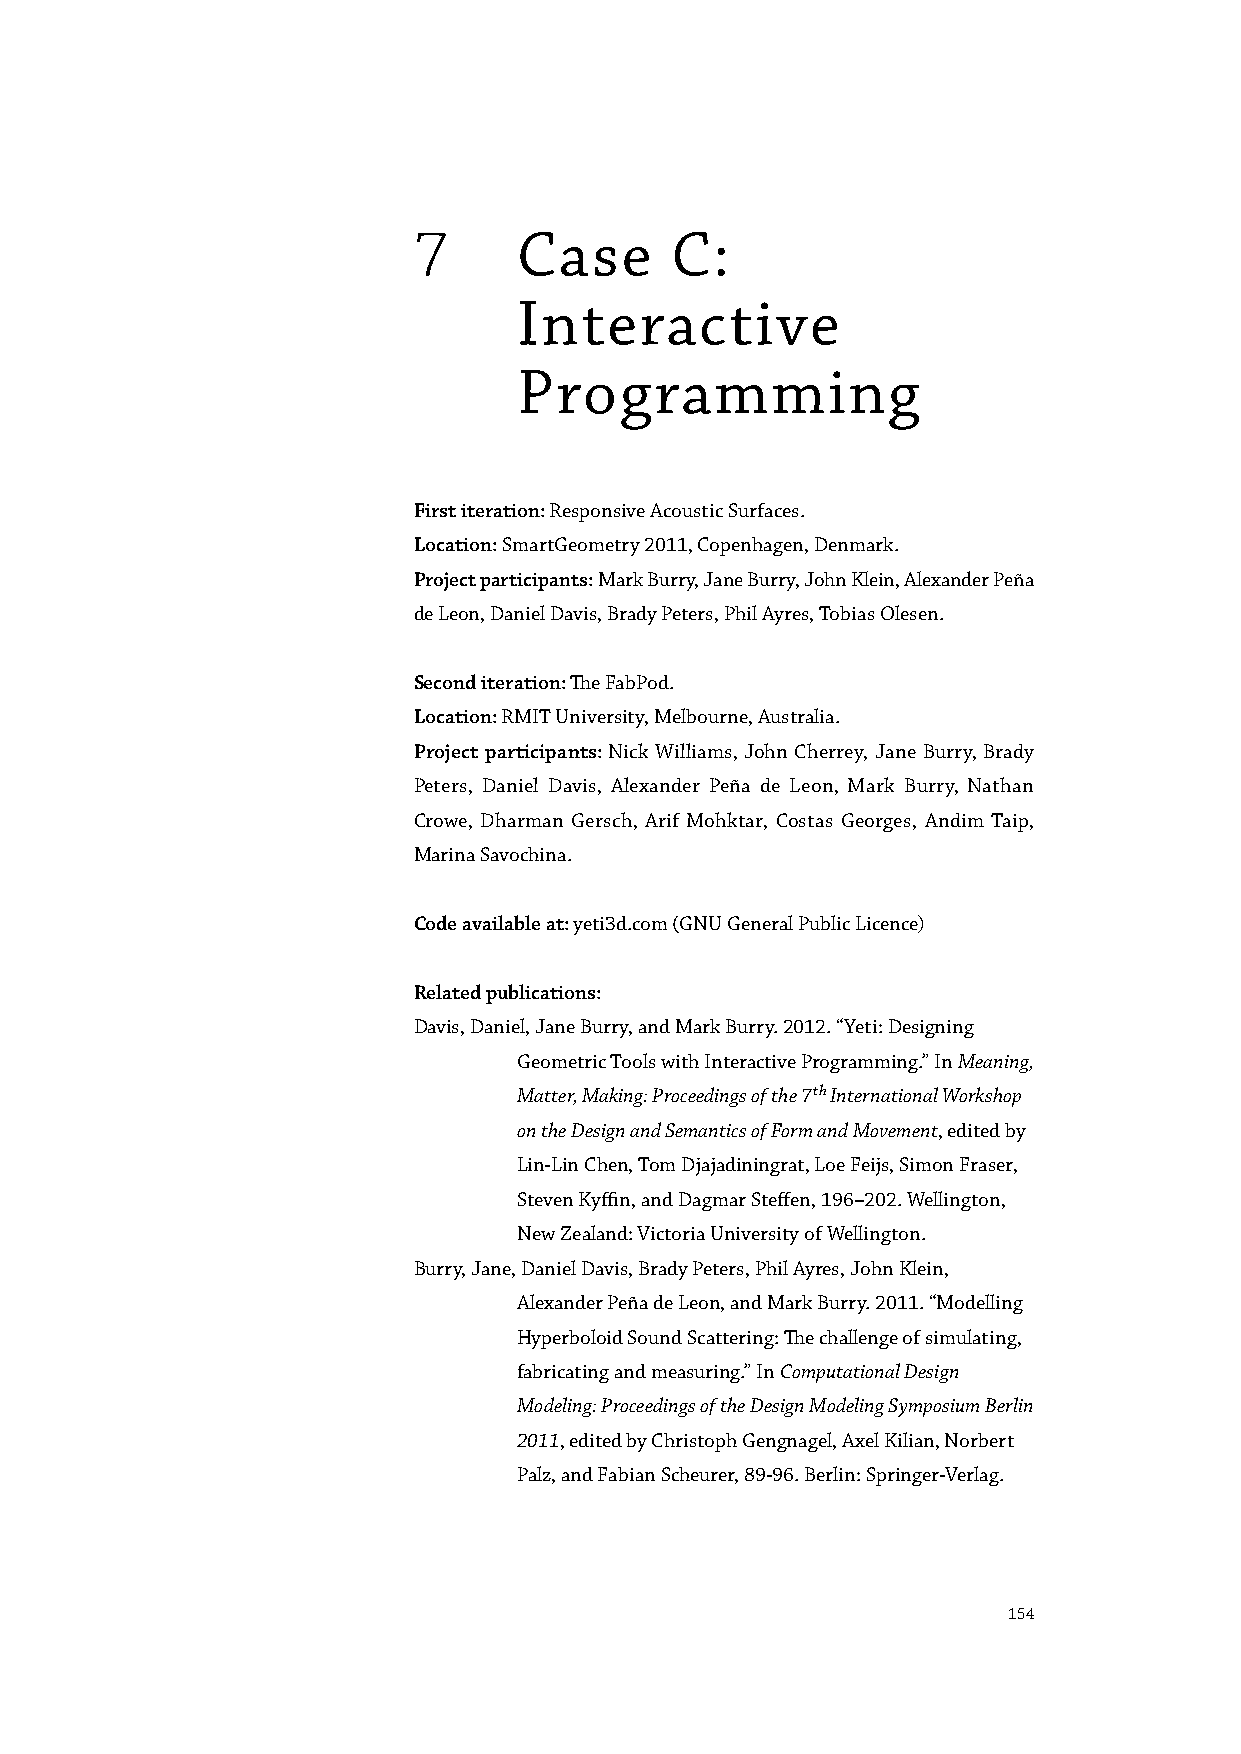
7      Case      C:
 Interactive
 Programming
 First iteration: Responsive Acoustic Surfaces.
 Location: SmartGeometry 2011, Copenhagen, Denmark.
 Project participants: Mark Burry, Jane Burry, John Klein, Alexander Peña
 de Leon, Daniel Davis, Brady Peters, Phil Ayres, Tobias Olesen.
 Second iteration: The FabPod.
 Location: RMIT University, Melbourne, Australia.
 Project participants: Nick Williams, John Cherrey, Jane Burry, Brady
 Peters, Daniel Davis, Alexander Peña de Leon, Mark Burry, Nathan
 Crowe, Dharman Gersch, Arif Mohktar, Costas Georges, Andim Taip,
 Marina Savochina.
 Code available at: yeti3d.com (GNU General Public Licence)
 Related publications:
 Davis, Daniel, Jane Burry, and Mark Burry. 2012. “Yeti: Designing
 Geometric Tools with Interactive Programming.” In Meaning,
 Matter, Making: Proceedings of the 7th International Workshop
 on the Design and Semantics of Form and Movement, edited by
 Lin-Lin Chen, Tom Djajadiningrat, Loe Feijs, Simon Fraser,
 Steven Kyffin, and Dagmar Steffen, 196–202. Wellington,
 New Zealand: Victoria University of Wellington.
 Burry, Jane, Daniel Davis, Brady Peters, Phil Ayres, John Klein,
 Alexander Peña de Leon, and Mark Burry. 2011. “Modelling
 Hyperboloid Sound Scattering: The challenge of simulating,
 fabricating and measuring.” In Computational Design
 Modeling: Proceedings of the Design Modeling Symposium Berlin
 2011, edited by Christoph Gengnagel, Axel Kilian, Norbert
 Palz, and Fabian Scheurer, 89-96. Berlin: Springer-Verlag.
 154